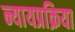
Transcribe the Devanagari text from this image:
न्यायप्रक्रिया